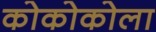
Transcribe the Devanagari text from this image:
कोकोकोला